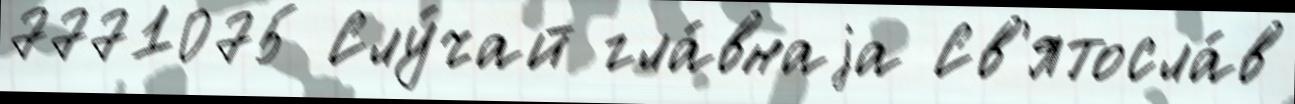
7771075 Слу́чай гла́внаjа Св'ятосла́в